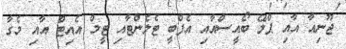
ޖޫނިއާ އާއި ޕްލޭ ބޯއީސްއާއި އެފްބީ ޓެލެންޓާއި ޓީމް އެއިޓް އާއި މެގާ